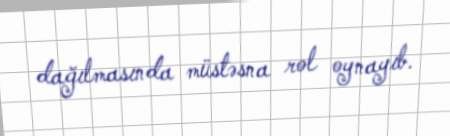
dağılmasında müstəsna rol oynayıb.